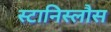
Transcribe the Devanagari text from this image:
स्टानिस्लौस